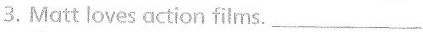
3.Matt loves action films.